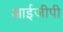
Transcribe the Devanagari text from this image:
आईजीपी